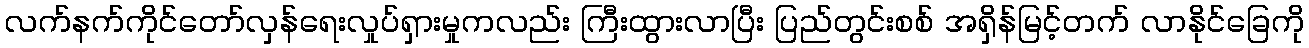
လက်နက်ကိုင်တော်လှန်ရေးလှုပ်ရှားမှုကလည်း ကြီးထွားလာပြီး ပြည်တွင်းစစ် အရှိန်မြင့်တက် လာနိုင်ခြေကို